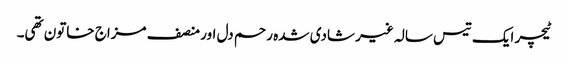
ٹیچر ایک تیس سالہ غیر شادی شدہ رحم دل اور منصف مزاج خاتون تھی۔